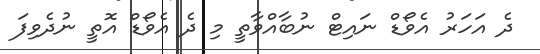
ދެ އަަހަރު އެވޯޑް ނައިޓް ނުބާއްވާތީ މި ދެ އެވޯޑް އޮތީ ނުދެވިފަ